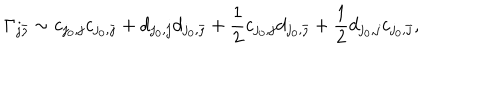
LaTeX: \Gamma _ { j \bar { \jmath } } \sim c _ { j _ { 0 } , j } c _ { j _ { 0 } , \bar { \jmath } } + d _ { j _ { 0 } , j } d _ { j _ { 0 } , \bar { \jmath } } + \frac { 1 } { 2 } c _ { j _ { 0 } , j } d _ { j _ { 0 } , \bar { \jmath } } + \frac { 1 } { 2 } d _ { j _ { 0 } , j } c _ { j _ { 0 } , \bar { \jmath } } ,